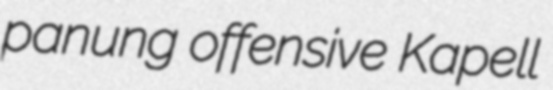
panung offensive Kapell